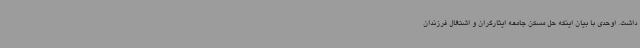
داشت. اوحدی با بیان اینکه حل مسکن جامعه ایثارگران و اشتغال فرزندان